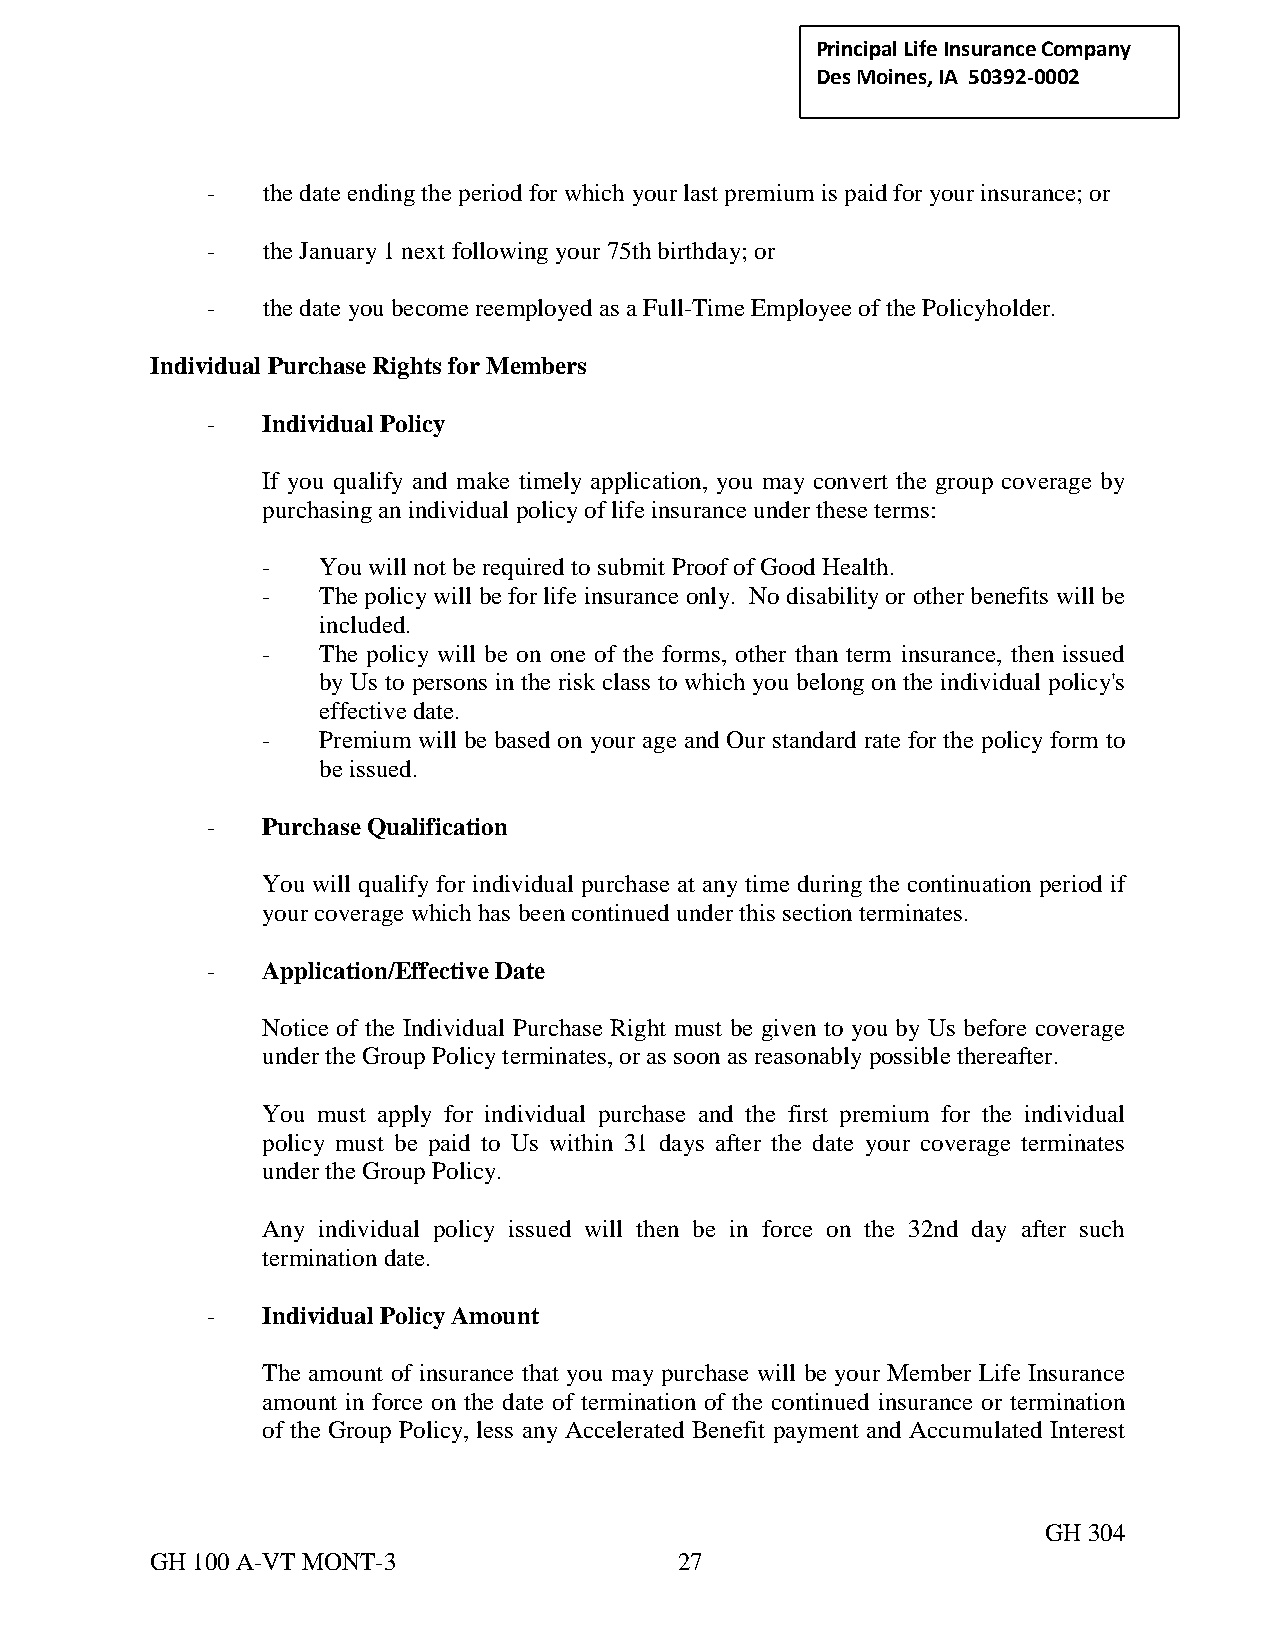
Principal Life Insurance C ompany
 Des Moines, IA 50392-0002
 -  the date ending the period for which your last premium is paid for your insurance; or
 -  the January 1 next following your 75th birthday; or
 -  the date you become reemployed as a Full-Time Employee of the Policyholder.
 Individual Purchase Rights for Members
 -  Individual Policy
 If you qualify and make timely application, you may convert the group coverage by
 purchasing an individual policy of life insurance under these terms:
 -   You will not be required to submit Proof of Good Health.
 -   The policy will be for life insurance only. No disability or other benefits will be
 included.
 -   The policy will be on one of the forms, other than term insurance, then issued
 by Us to persons in the risk class to which you belong on the individual policy's
 effective date.
 -   Premium will be based on your age and Our standard rate for the policy form to
 be issued.
 -  Purchase Qualification
 You will qualify for individual purchase at any time during the continuation period if
 your coverage which has been continued under this section terminates.
 -  Application/Effective Date
 Notice of the Individual Purchase Right must be given to you by Us before coverage
 under the Group Policy terminates, or as soon as reasonably possible thereafter.
 You must apply for individual purchase and the first premium for the individual
 policy must be paid to Us within 31 days after the date your coverage terminates
 under the Group Policy.
 Any individual policy issued will then be in force on the 32nd day after such
 termination date.
 -  Individual Policy Amount
 The amount of insurance that you may purchase will be your Member Life Insurance
 amount in force on the date of termination of the continued insurance or termination
 of the Group Policy, less any Accelerated Benefit payment and Accumulated Interest
 GH 304
 GH 100 A-VT MONT-3                 27